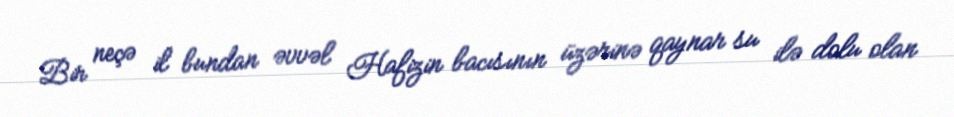
Bir neçə il bundan əvvəl Hafizin bacısının üzərinə qaynar su ilə dolu olan